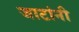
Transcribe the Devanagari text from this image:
जाटांनी